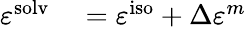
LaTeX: \begin{array}{rl}{\varepsilon^{\mathrm{{solv}}}}&{{}=\varepsilon^{\mathrm{{iso}}}+\Delta\varepsilon^{m}}\end{array}